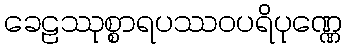
ခေဠဿုစ္စာရပဿဝပရိပုဏ္ဏေ